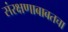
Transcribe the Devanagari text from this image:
संरक्षणाबाबतचा